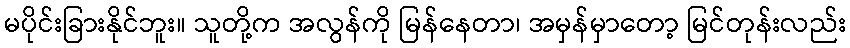
မပိုင်းခြားနိုင်ဘူး။ သူတို့က အလွန်ကို မြန်နေတာ၊ အမှန်မှာတော့ မြင်တုန်းလည်း